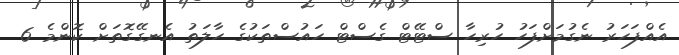
އެއްފަހަރު ނެގުމަށްފަހު ހުރިހާ ސްޓޭޓް ގެސްޓް ހައުސްތަކުގެ ހާލަތު އެނގޭގޮތަށް ކޮންމެ 6